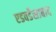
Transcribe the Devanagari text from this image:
एडवर्डेसाबाद